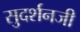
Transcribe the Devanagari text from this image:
सुदर्शनजी